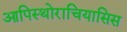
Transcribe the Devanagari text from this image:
आपिस्थोराचियासिस